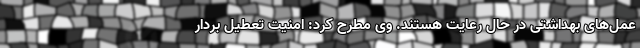
عمل‌های بهداشتی در حال رعایت هستند. وی مطرح کرد: امنیت تعطیل بردار